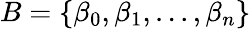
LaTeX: B=\{ \beta_{0},\beta_{1},...,\beta_{n}\}